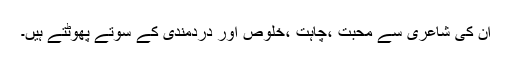
ان کی شاعری سے محبت ،چاہت ،خلوص اور دردمندی کے سوتے پھوٹتے ہیں۔